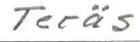
Teräs